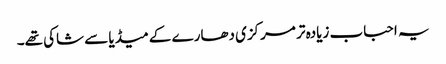
یہ احباب زیادہ تر مرکزی دھارے کے میڈیا سے شاکی تھے۔